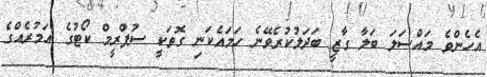
އެހެންވެ މައްސަލަ ބަލާ ގާޒީ ބަދަލުކުރެވޭނެ ހަމައެކަނި ގޮތަކީ ސުޕްރީމް ކޯޓުގެ އަމުރެއްގެ